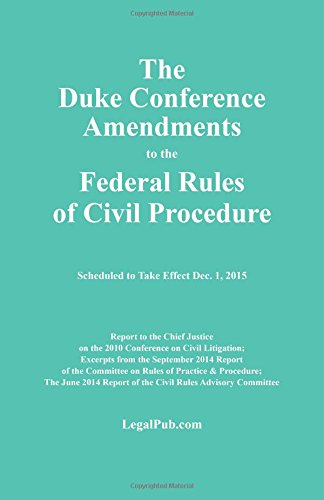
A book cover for The Duke Conference Amendments to the Federal Rules of Civil Procedure; LegalPub.com; Law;